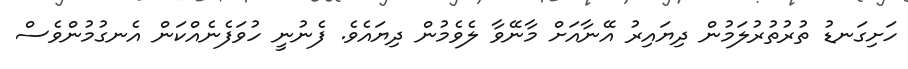
ހަށިގަނޑު ތުރުތުރުލަމުން ދިޔައިރު އޭނާއަށް މާނޭވާ ލެވެމުން ދިޔައެވެ. ފެނުނީ ހުވަފެނެއްކަން އެނގުމުންވެސް